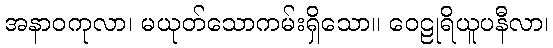
အနာဝကုလာ၊ မယုတ်သောကမ်းရှိသော။ ဝေဠုရိယူပနီလာ၊